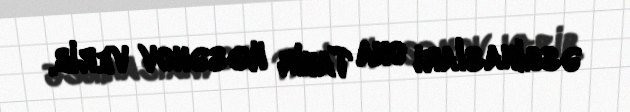
əsginasları ona Tahir Həsənov verib.